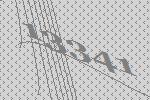
13341